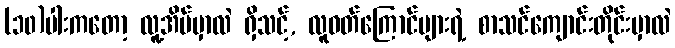
(၁၀)ပါးကတော့ လူ့အိမ်မှာလဲ ရှိသင့်, လူဝတ်ကြောင်များရဲ့ စာသင်ကျောင်းတိုင်းမှာလဲ